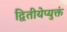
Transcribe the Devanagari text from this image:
द्वितीयेप्युक्तं